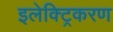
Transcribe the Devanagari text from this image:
इलेक्ट्रिकरण